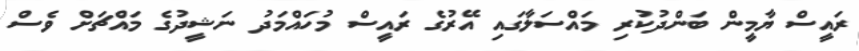
ރައީސް ޔާމީން ބަންދުކުރި މައްސަލާގައި އޭރުގެ ރައީސް މުހައްމަދު ނަޝީދުގެ މައްޗަށް ވެސް